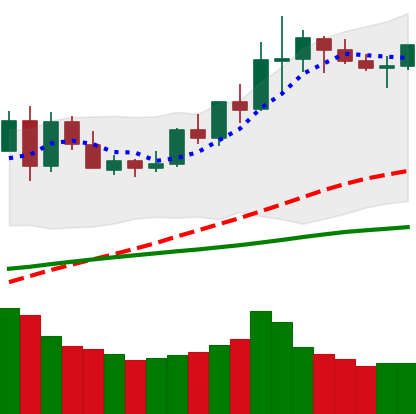
Ticker: LINK-USD
Chart end date: 2020-06-08
Forward return: -7.698%
Label: down_7plus